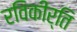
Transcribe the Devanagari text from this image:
रविकीर्ति